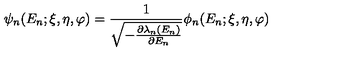
\psi _ { n } ( E _ { n } ; \xi , \eta , \varphi ) = \frac { 1 } { \sqrt { - \frac { \partial \lambda _ { n } ( E _ { n } ) } { \partial E _ { n } } } } \phi _ { n } ( E _ { n } ; \xi , \eta , \varphi )